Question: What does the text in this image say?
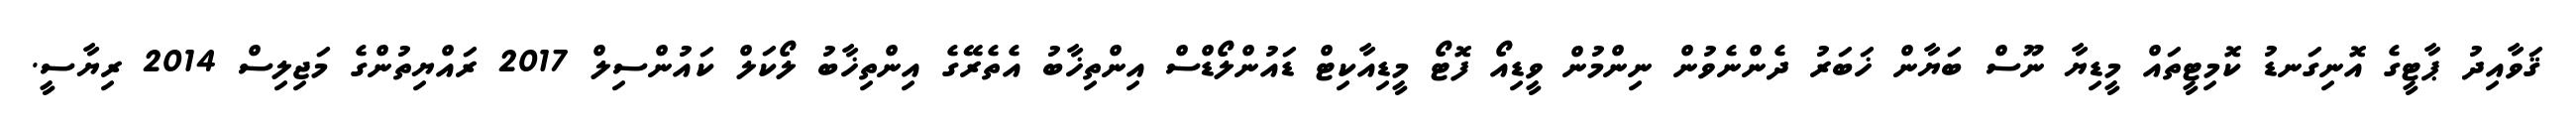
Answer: ޤަވާއިދު ޕާޓީގެ އޮނިގަނޑު ކޮމިޓީތައް މީޑިޔާ ނޫސް ބަޔާން ޚަބަރު ދެންނެވުން ނިންމުން ވީޑިއޯ ފޮޓޯ މީޑިއާކިޓް ޑައުންލޯޑްސް އިންތިޚާބު އެތެރޭގެ އިންތިޚާބު ލޯކަލް ކައުންސިލް 2017 ރައްޔިތުންގެ މަޖިލިސް 2014 ރިޔާސީ.